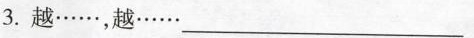
3.越……，越……___